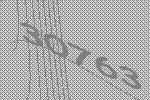
30763